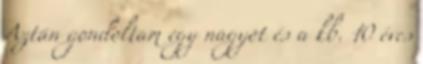
Aztán gondoltam egy nagyot és a kb. 10 éves